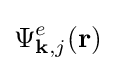
\Psi _{\mathbf {k} ,j}^{e}(\mathbf {r} )